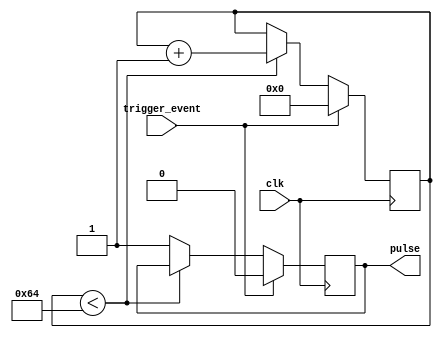
module one_shot_timer (
    input wire clk,
    input wire trigger_event,
    output reg pulse
);

parameter THRESHOLD = 100; // Set the count threshold for pulse duration
reg [7:0] count;

always @(posedge clk) begin
    if (trigger_event) begin
        count <= 0;
        pulse <= 0;
    end else begin
        if (count < THRESHOLD) begin
            count <= count + 1;
        end else begin
            pulse <= 1;
        end
    end
end

endmodule